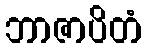
ဘာဇာပိတံ